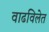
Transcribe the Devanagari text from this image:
वाढविलेत